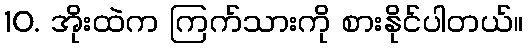
10. အိုးထဲက ကြက်သားကို စားနိုင်ပါတယ်။